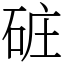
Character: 䂯